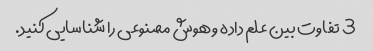
3 تفاوت بین علم داده و هوش مصنوعی را شناسایی کنید.